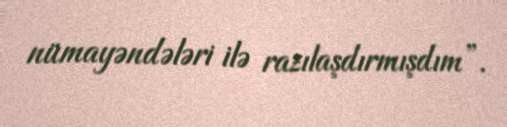
nümayəndələri ilə razılaşdırmışdım”.